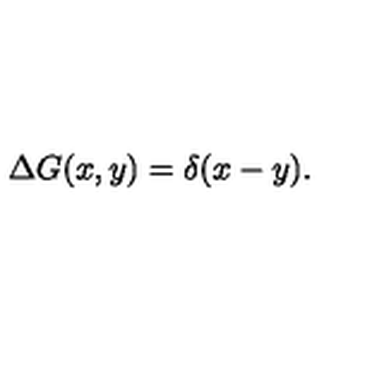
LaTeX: \Delta G ( x , y ) = \delta ( x - y ) .